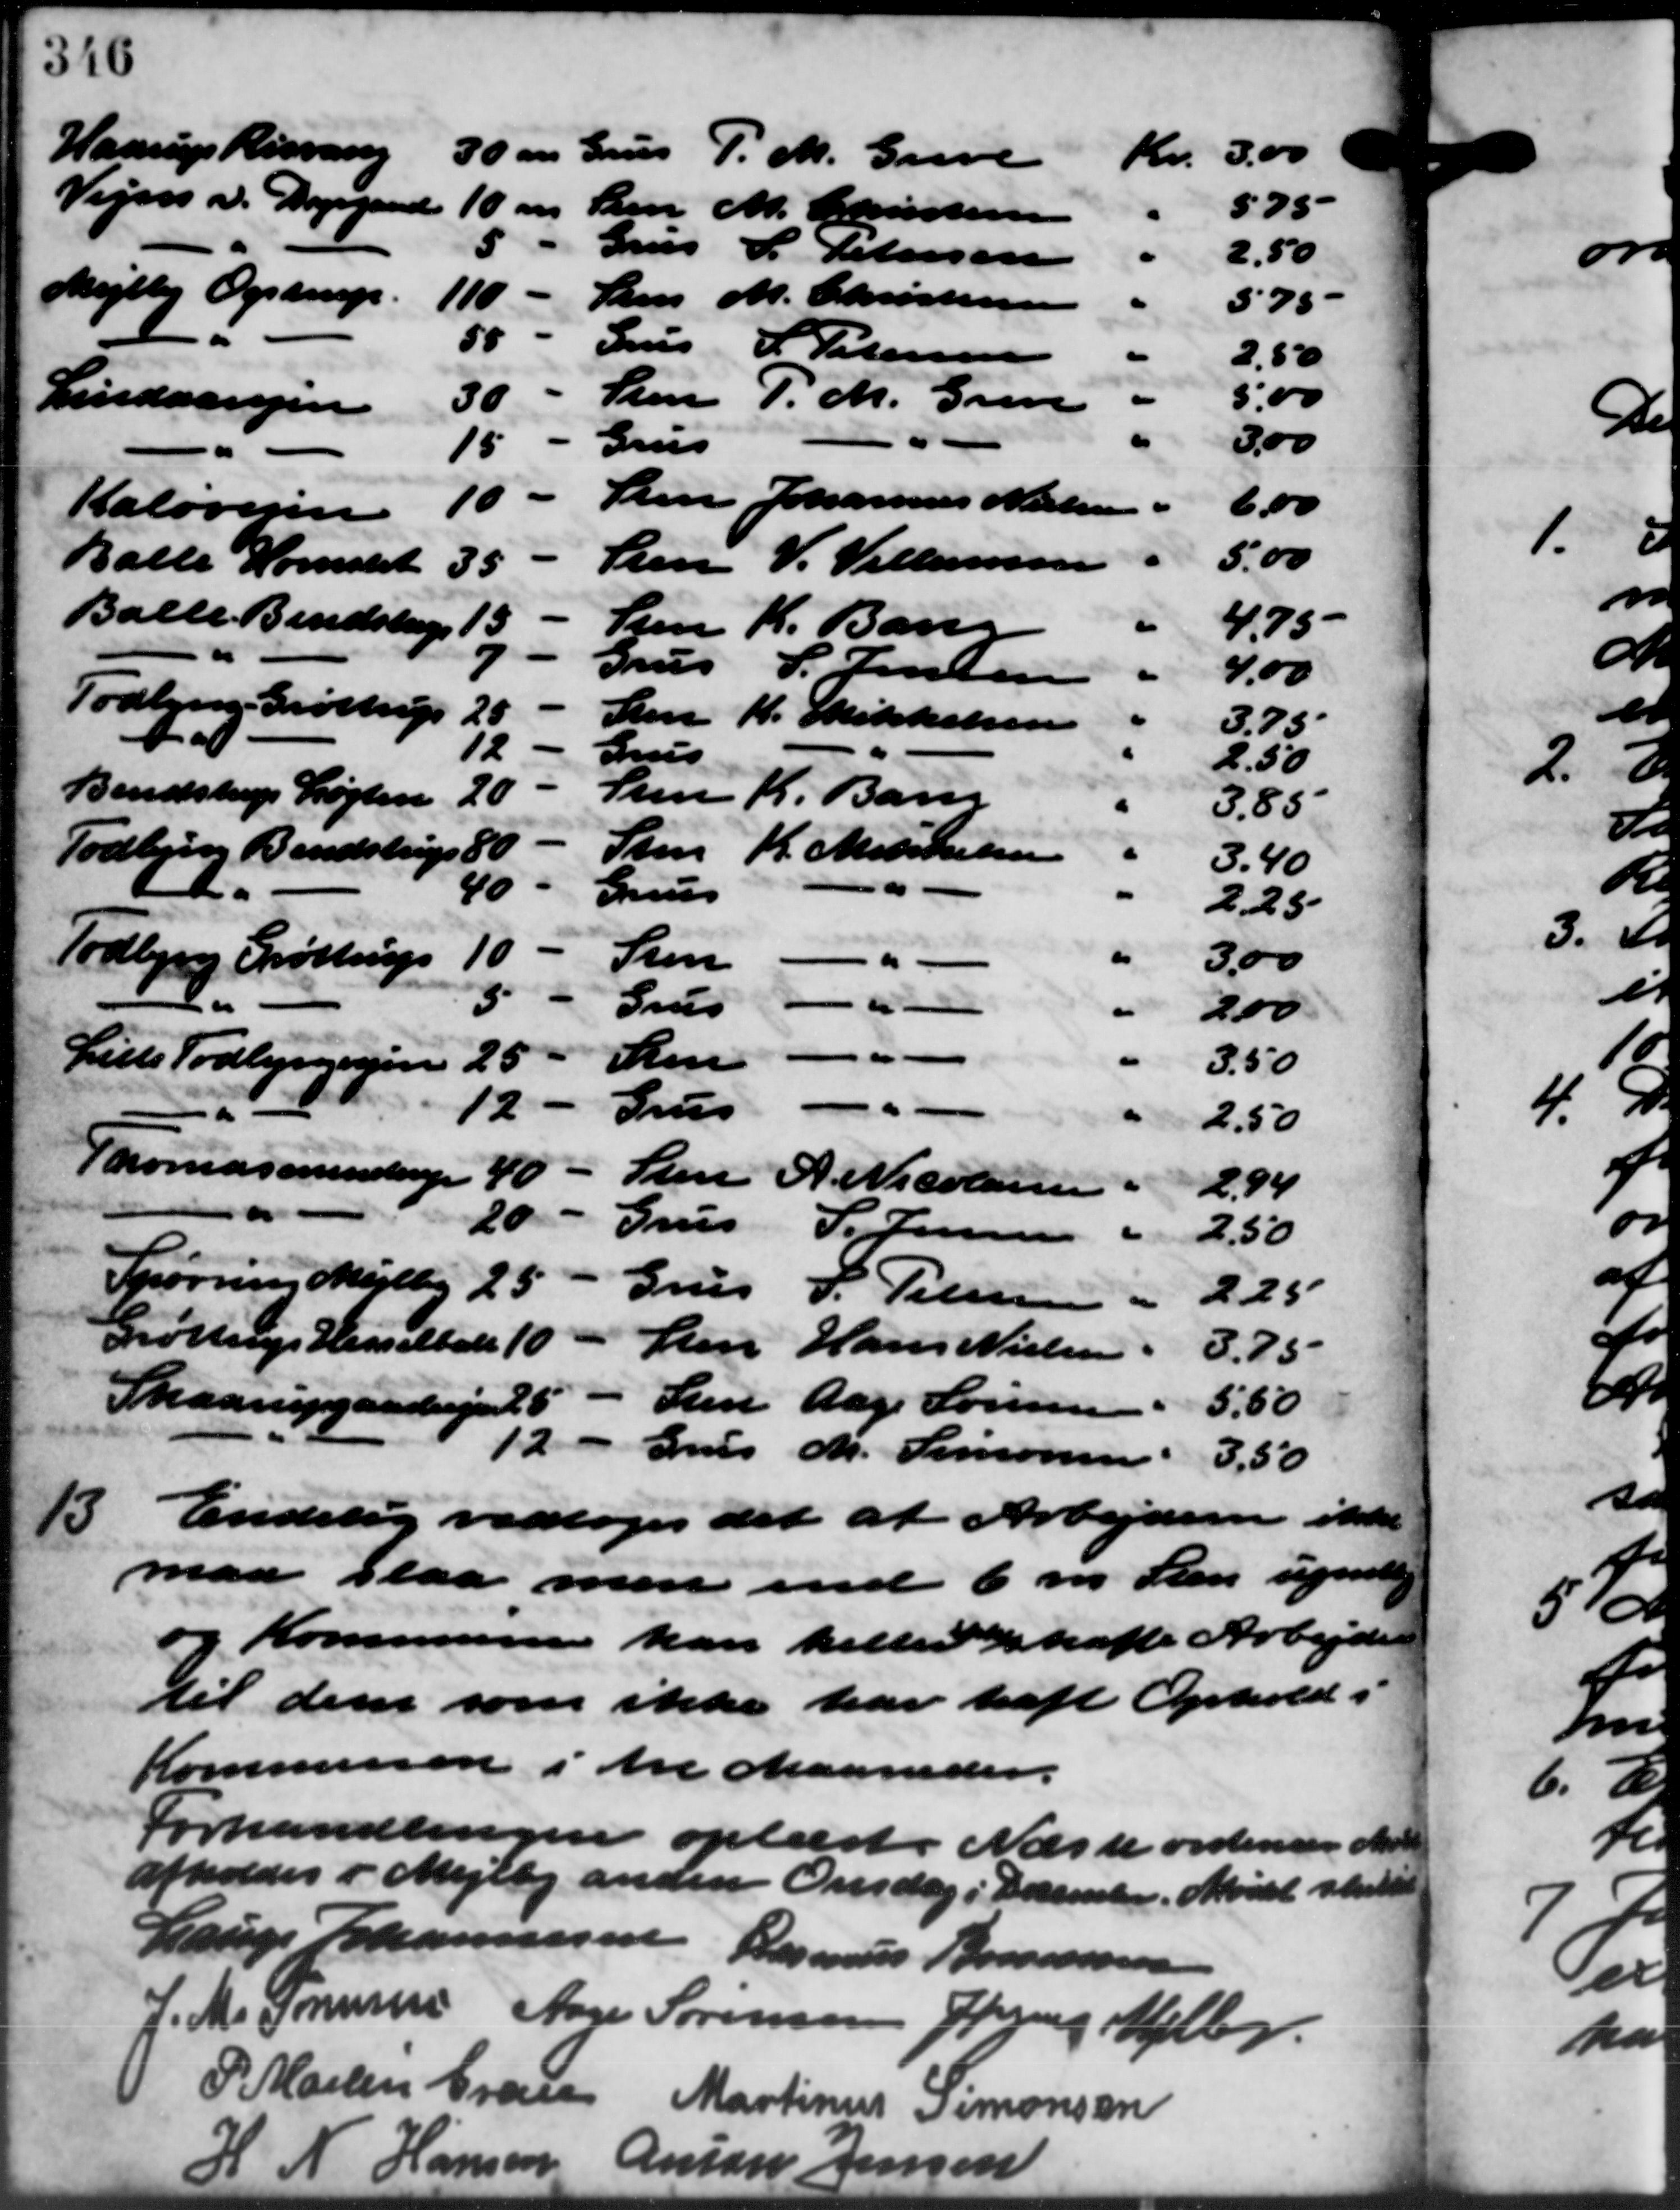
Transskription:
Haarup Risvang
30 øre Grus P. M. Greve
Kr. 3,00
Vejen v. Dagegaard 10 øre
575
Den M. Christensen
Lrus L. Petersen
2.50
Mejlby Ogstrup
110 -
Stes M. Christensen
575
50
Jens P. Petersen
2.50
5.00
Sten P. M. Greve
30
Lindaavejen
3,00
Grus
15
Sten Johannes Nielsen
10
6.00
Kaløvejen
5.00
Sten V. Villumsen
Balle Hornslet
35
Balle Bendstrup
4.75
15
Sten K. Bang
Grus S. Jensen
4,00
Todbjerg Grøttrup
20
Den
K. Mikkelsen
3.75
12.
Lrs
2.50
Bendstrup Løgten
Sten
20
Fr. Barn
3.85
Sam
Todbjerg Bendstrup 80
K. Mindelsen
3.40
40
Gruus
2.25
10
Todbjerg Grøttrup
Sten
3,00
"
3
Grus
200
Sten
Liste Todbjergvejen
25
3.50
Lrus
12
2.50
Thomasminderg
Den
40
A. Nicolsen
2.94
20
Grus
S. Jensen
2,50
Spørring Mejlby
25
Grus P. Petersen
225
Grøttrup Hesselballe 10
Sten Hans Nielsen.
3.75
Skaarupgaardejer 25
Sten Aage Sørensen.
5.50
12
Grus M. Simonsen 3,50
13. Endelig vedtoges det at Arbejderne ikke
13. Endelig vedtoges det at Arbejderne ikke
man slaa men end 6 m Sten ugen
og Kommunen kan heller skafte Arbejde
til dem som ikke har haft Ophold i
Kommunen i Ane Maaneder.
Forhandlingen oplæst. Næste ordinære Medle
afholdes i Mejlby anden Onsdag i December. Mødet skul
Lauge Johannesen Rasmus Bonnesen
J. M. Sørensen Aage Sørensen Jørgens Møll
P. Martin Gran Martinus Simonsen
Hansen Anton Jens
31